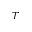
T